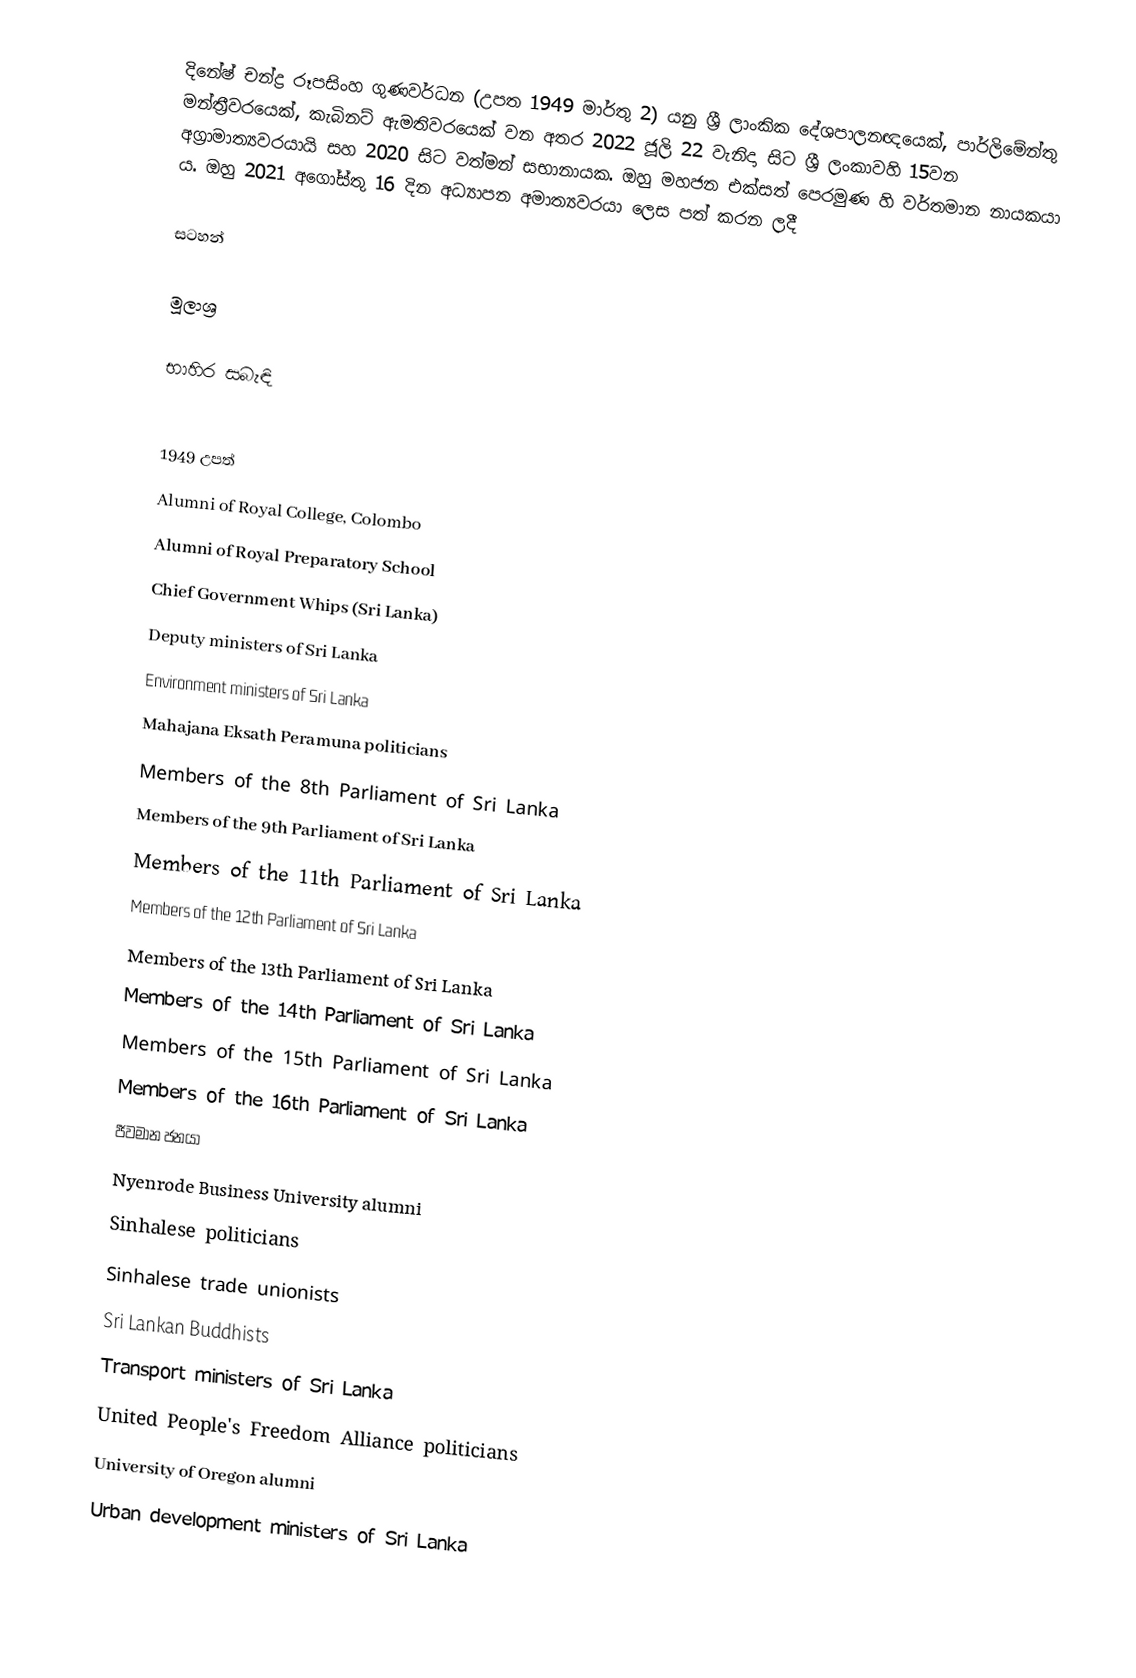
දිනේෂ් චන්ද්‍ර රූපසිංහ ගුණවර්ධන  (උපත 1949 මාර්තු 2) යනු ශ්‍රී ලාංකික දේශපාලනඥයෙක්, පාර්ලිමේන්තු මන්ත්‍රීවරයෙක්, කැබිනට් ඇමතිවරයෙක් වන අතර 2022 ජූලි 22 වැනිදා සිට ශ්‍රී ලංකාවහි 15වන අග්‍රාමාත්‍යවරයායි සහ 2020 සිට වත්මන් සභානායක. ඔහු මහජන එක්සත් පෙරමුණ හි වර්තමාන නායකයා ය. ඔහු 2021 අගෝස්තු 16 දින අධ්‍යාපන අමාත්‍යවරයා ලෙස පත් කරන ලදී

සටහන්

මූලාශ්‍ර

භාහිර සබැඳි

1949 උපත්
Alumni of Royal College, Colombo
Alumni of Royal Preparatory School
Chief Government Whips (Sri Lanka)
Deputy ministers of Sri Lanka
Environment ministers of Sri Lanka
Mahajana Eksath Peramuna politicians
Members of the 8th Parliament of Sri Lanka
Members of the 9th Parliament of Sri Lanka
Members of the 11th Parliament of Sri Lanka
Members of the 12th Parliament of Sri Lanka
Members of the 13th Parliament of Sri Lanka
Members of the 14th Parliament of Sri Lanka
Members of the 15th Parliament of Sri Lanka
Members of the 16th Parliament of Sri Lanka
ජීවමාන ජනයා
Nyenrode Business University alumni
Sinhalese politicians
Sinhalese trade unionists
Sri Lankan Buddhists
Transport ministers of Sri Lanka
United People's Freedom Alliance politicians
University of Oregon alumni
Urban development ministers of Sri Lanka